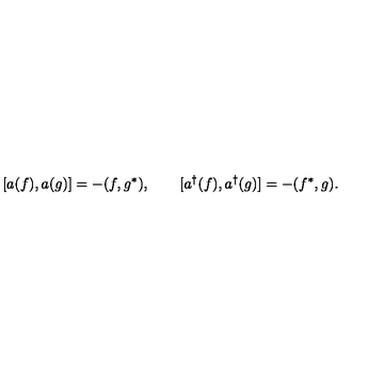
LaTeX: [ a ( f ) , a ( g ) ] = - ( f , g ^ { * } ) , \qquad [ a ^ { \dagger } ( f ) , a ^ { \dagger } ( g ) ] = - ( f ^ { * } , g ) .